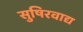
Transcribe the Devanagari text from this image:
सुषिरवाद्य